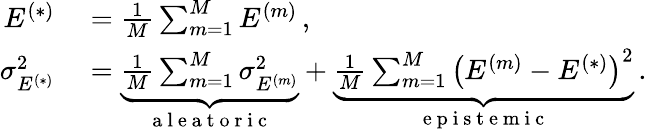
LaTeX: \begin{array}{rl}{E^{(*)}}&{{}=\frac{1}{M}\sum_{m=1}^{M}E^{(m)}\, ,}\\ {\sigma_{E^{(*)}}^{2}}&{{}=\underbrace{\frac{1}{M}\sum_{m=1}^{M}\sigma_{E^{(m)}}^{2}}_{\mathrm{~a~l~e~a~t~o~r~i~c~}}+\underbrace{\frac{1}{M}\sum_{m=1}^{M}\left(E^{(m)}-E^{(*)}\right)^{2}}_{\mathrm{~e~p~i~s~t~e~m~i~c~}}\, .}\end{array}